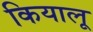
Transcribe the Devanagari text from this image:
कियालू